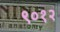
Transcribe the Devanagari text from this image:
९०१२